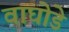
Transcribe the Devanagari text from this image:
वाघोडे